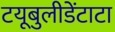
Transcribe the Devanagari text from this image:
टयूबुलीडेंटाटा